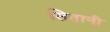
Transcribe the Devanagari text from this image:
सितानी